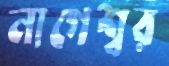
নাগেশ্বর